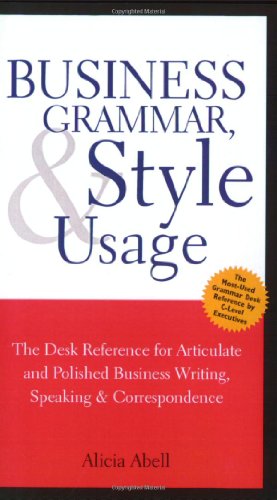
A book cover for Business Grammar, Style & Usage: The Most Used Desk Reference for Articulate and Polished Business Writing and Speaking by Executives Worldwide; Alicia Abell; Business & Money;